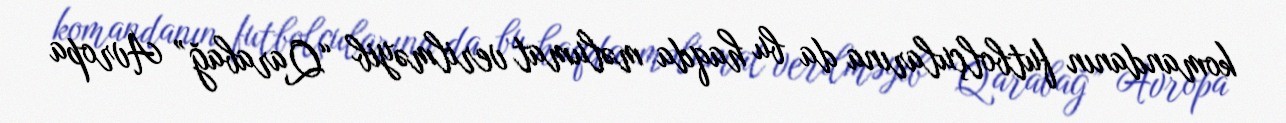
komandanın futbolçularına da bu haqda məlumat verilməyib “Qarabağ” Avropa